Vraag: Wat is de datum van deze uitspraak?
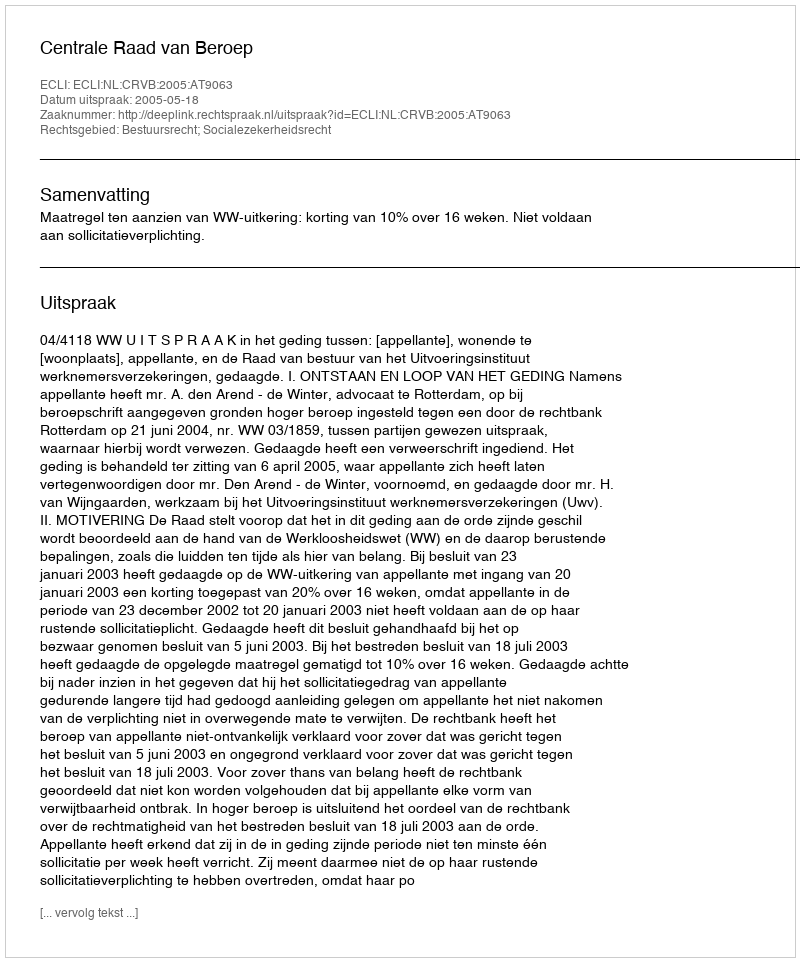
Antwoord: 2005-05-18